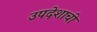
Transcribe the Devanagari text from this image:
उपदेशाची